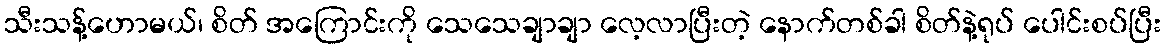
သီးသန့်ဟောမယ်၊ စိတ် အကြောင်းကို သေသေချာချာ လေ့လာပြီးတဲ့ နောက်တစ်ခါ စိတ်နဲ့ရုပ် ပေါင်းစပ်ပြီး